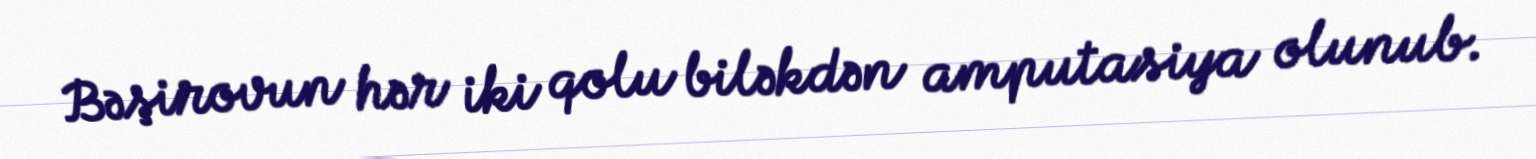
Bəşirovun hər iki qolu biləkdən amputasiya olunub.